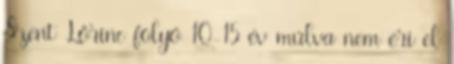
Szent Lőrinc folyó 10-15 év múlva nem éri el